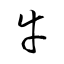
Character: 牛